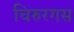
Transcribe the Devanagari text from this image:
चिरुरगस